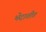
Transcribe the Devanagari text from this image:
भेदातीत